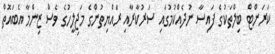
ކަރަންޓް ބިލްތަކުގެ ފައިސާ ނުދެއްކުމުގައި ސަރުކާރާއި ރައްޔިތުންގެ މަޖިލީހުގެ ވެސް ޒިންމާ އެބައޮތް